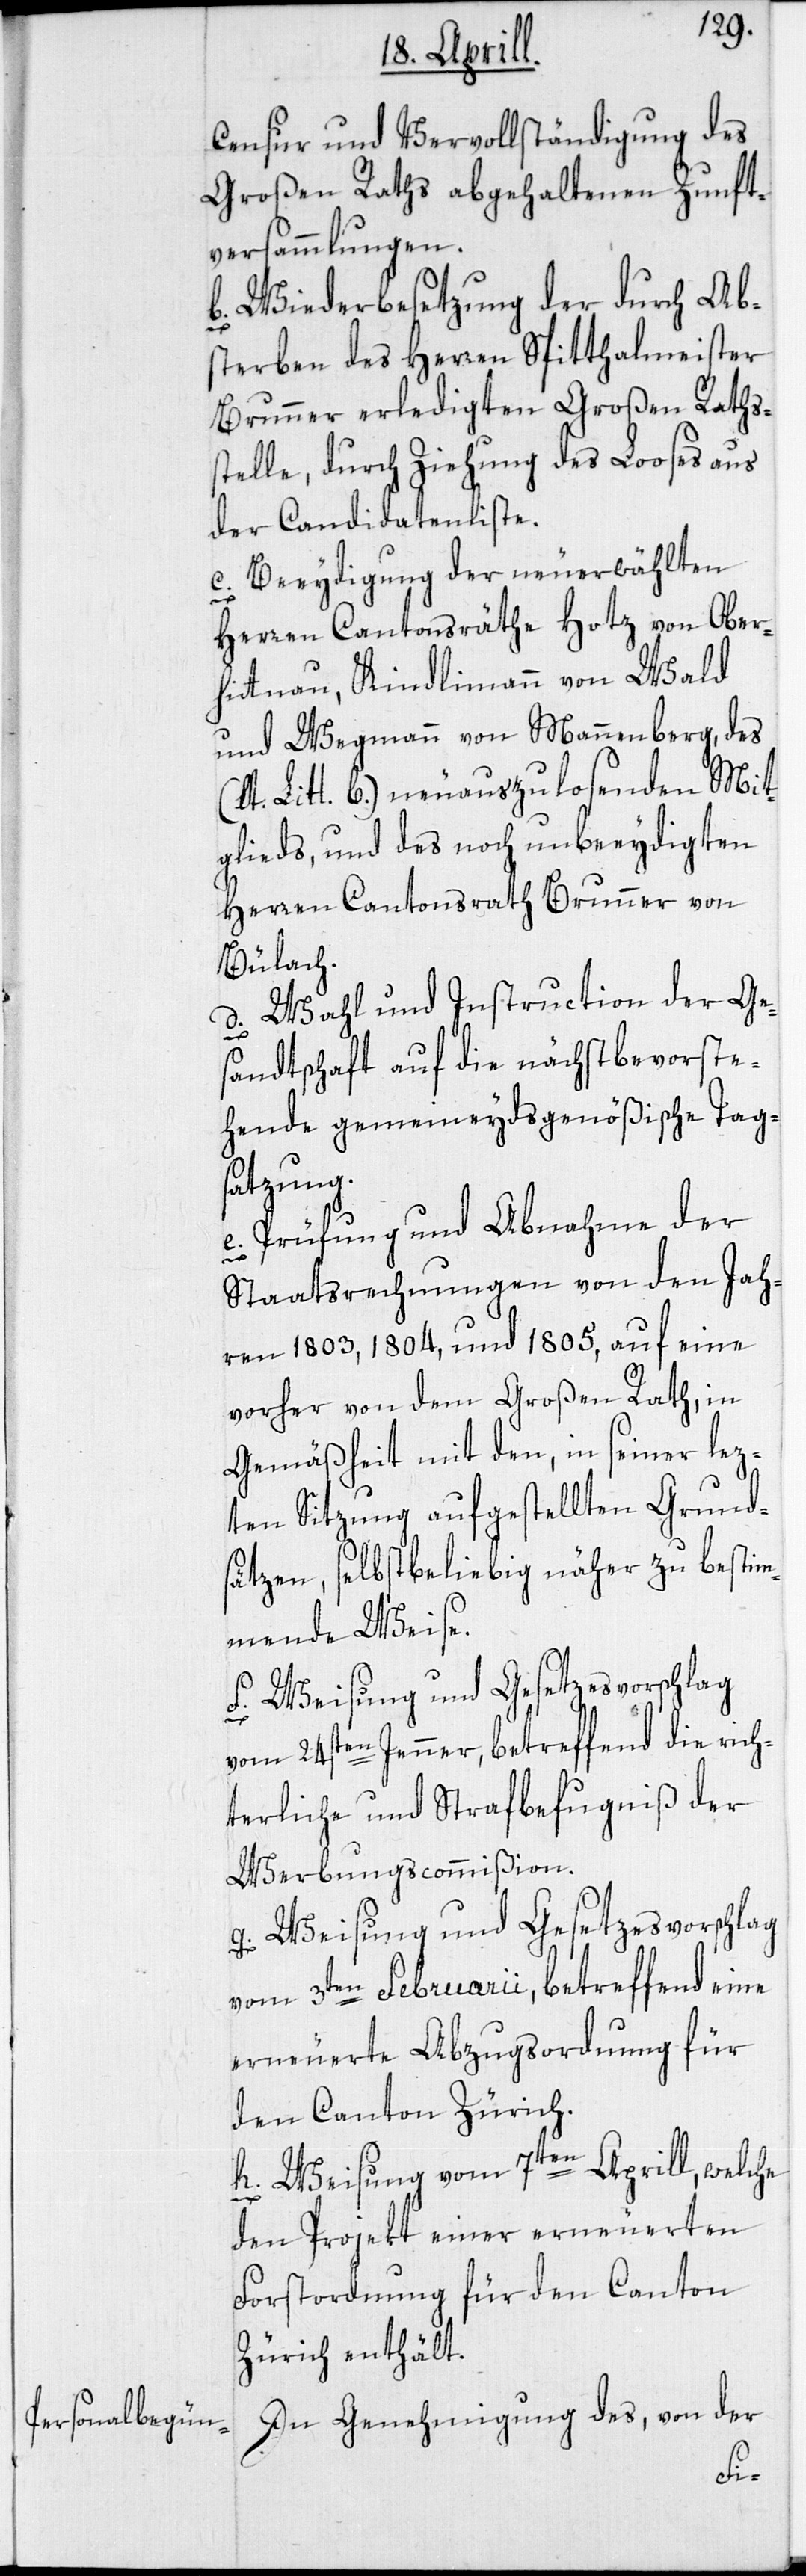
Censur und Vervollständigung des
Großen Raths abgehaltenen Zunft¬
versammlungen.
b. Wiederbesetzung der durch Abs¬
terben des Herren Spitthalmeister
Brunner erledigten Großen Raths¬
stelle, durch Ziehung des Looses aus
der Candidatenliste.
c. Beeydigung der neuerwählten
e.
Herren Cantonsräthe Hotz von Ober¬
hittnau, Kindlimann von Wald
und Wegmann von Mannenberg, des
(lt. Litt. b) neuauszulosenden Mit¬
glieds, und des noch unbeeydigten
Herren Cantonsrath Brunner von
Bülach.
d. Wahl und Instruction der Ge¬
s¬
andtschaft auf die nächstbevorste¬
hende gemeineydsgenößische Tag¬
satzung.
Prüfung und Abnahme der
Staatsrechnungen von den Jah¬
ren 1803, 1804 und 1805, auf eine
vorher von dem Großen Rath, in
Gemäßheit mit den, in seiner lez¬
ten Sitzung aufgestellten Grunds¬
ätzen, selbstbeliebig näher zu bestim¬
mende Weise.
f. Weisung und Gesetzesvorschlag
vom 24sten Jenner, betreffend die rich¬
terliche und Strafbefugniß der
Werbungscommißion.
g. Weisung und Gesetzesvorschlag
vom 3ten Februarii, betreffend eine
erneuerte Abzugsordnung für
den Canton Zürich.
h. Weisung vom 7ten Aprill, welche
den Projekt einer erneuerten
Forstordnung für den Canton
Zürich enthält.
In Genehmigung des, von der